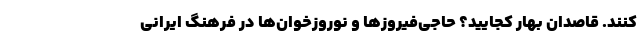
کنند. قاصدان بهار کجایید؟ حاجی‌فیروزها و نوروزخوان‌ها در فرهنگ ایرانی